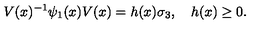
V ( x ) ^ { - 1 } \psi _ { 1 } ( x ) V ( x ) = h ( x ) \sigma _ { 3 } , \quad h ( x ) \geq 0 .